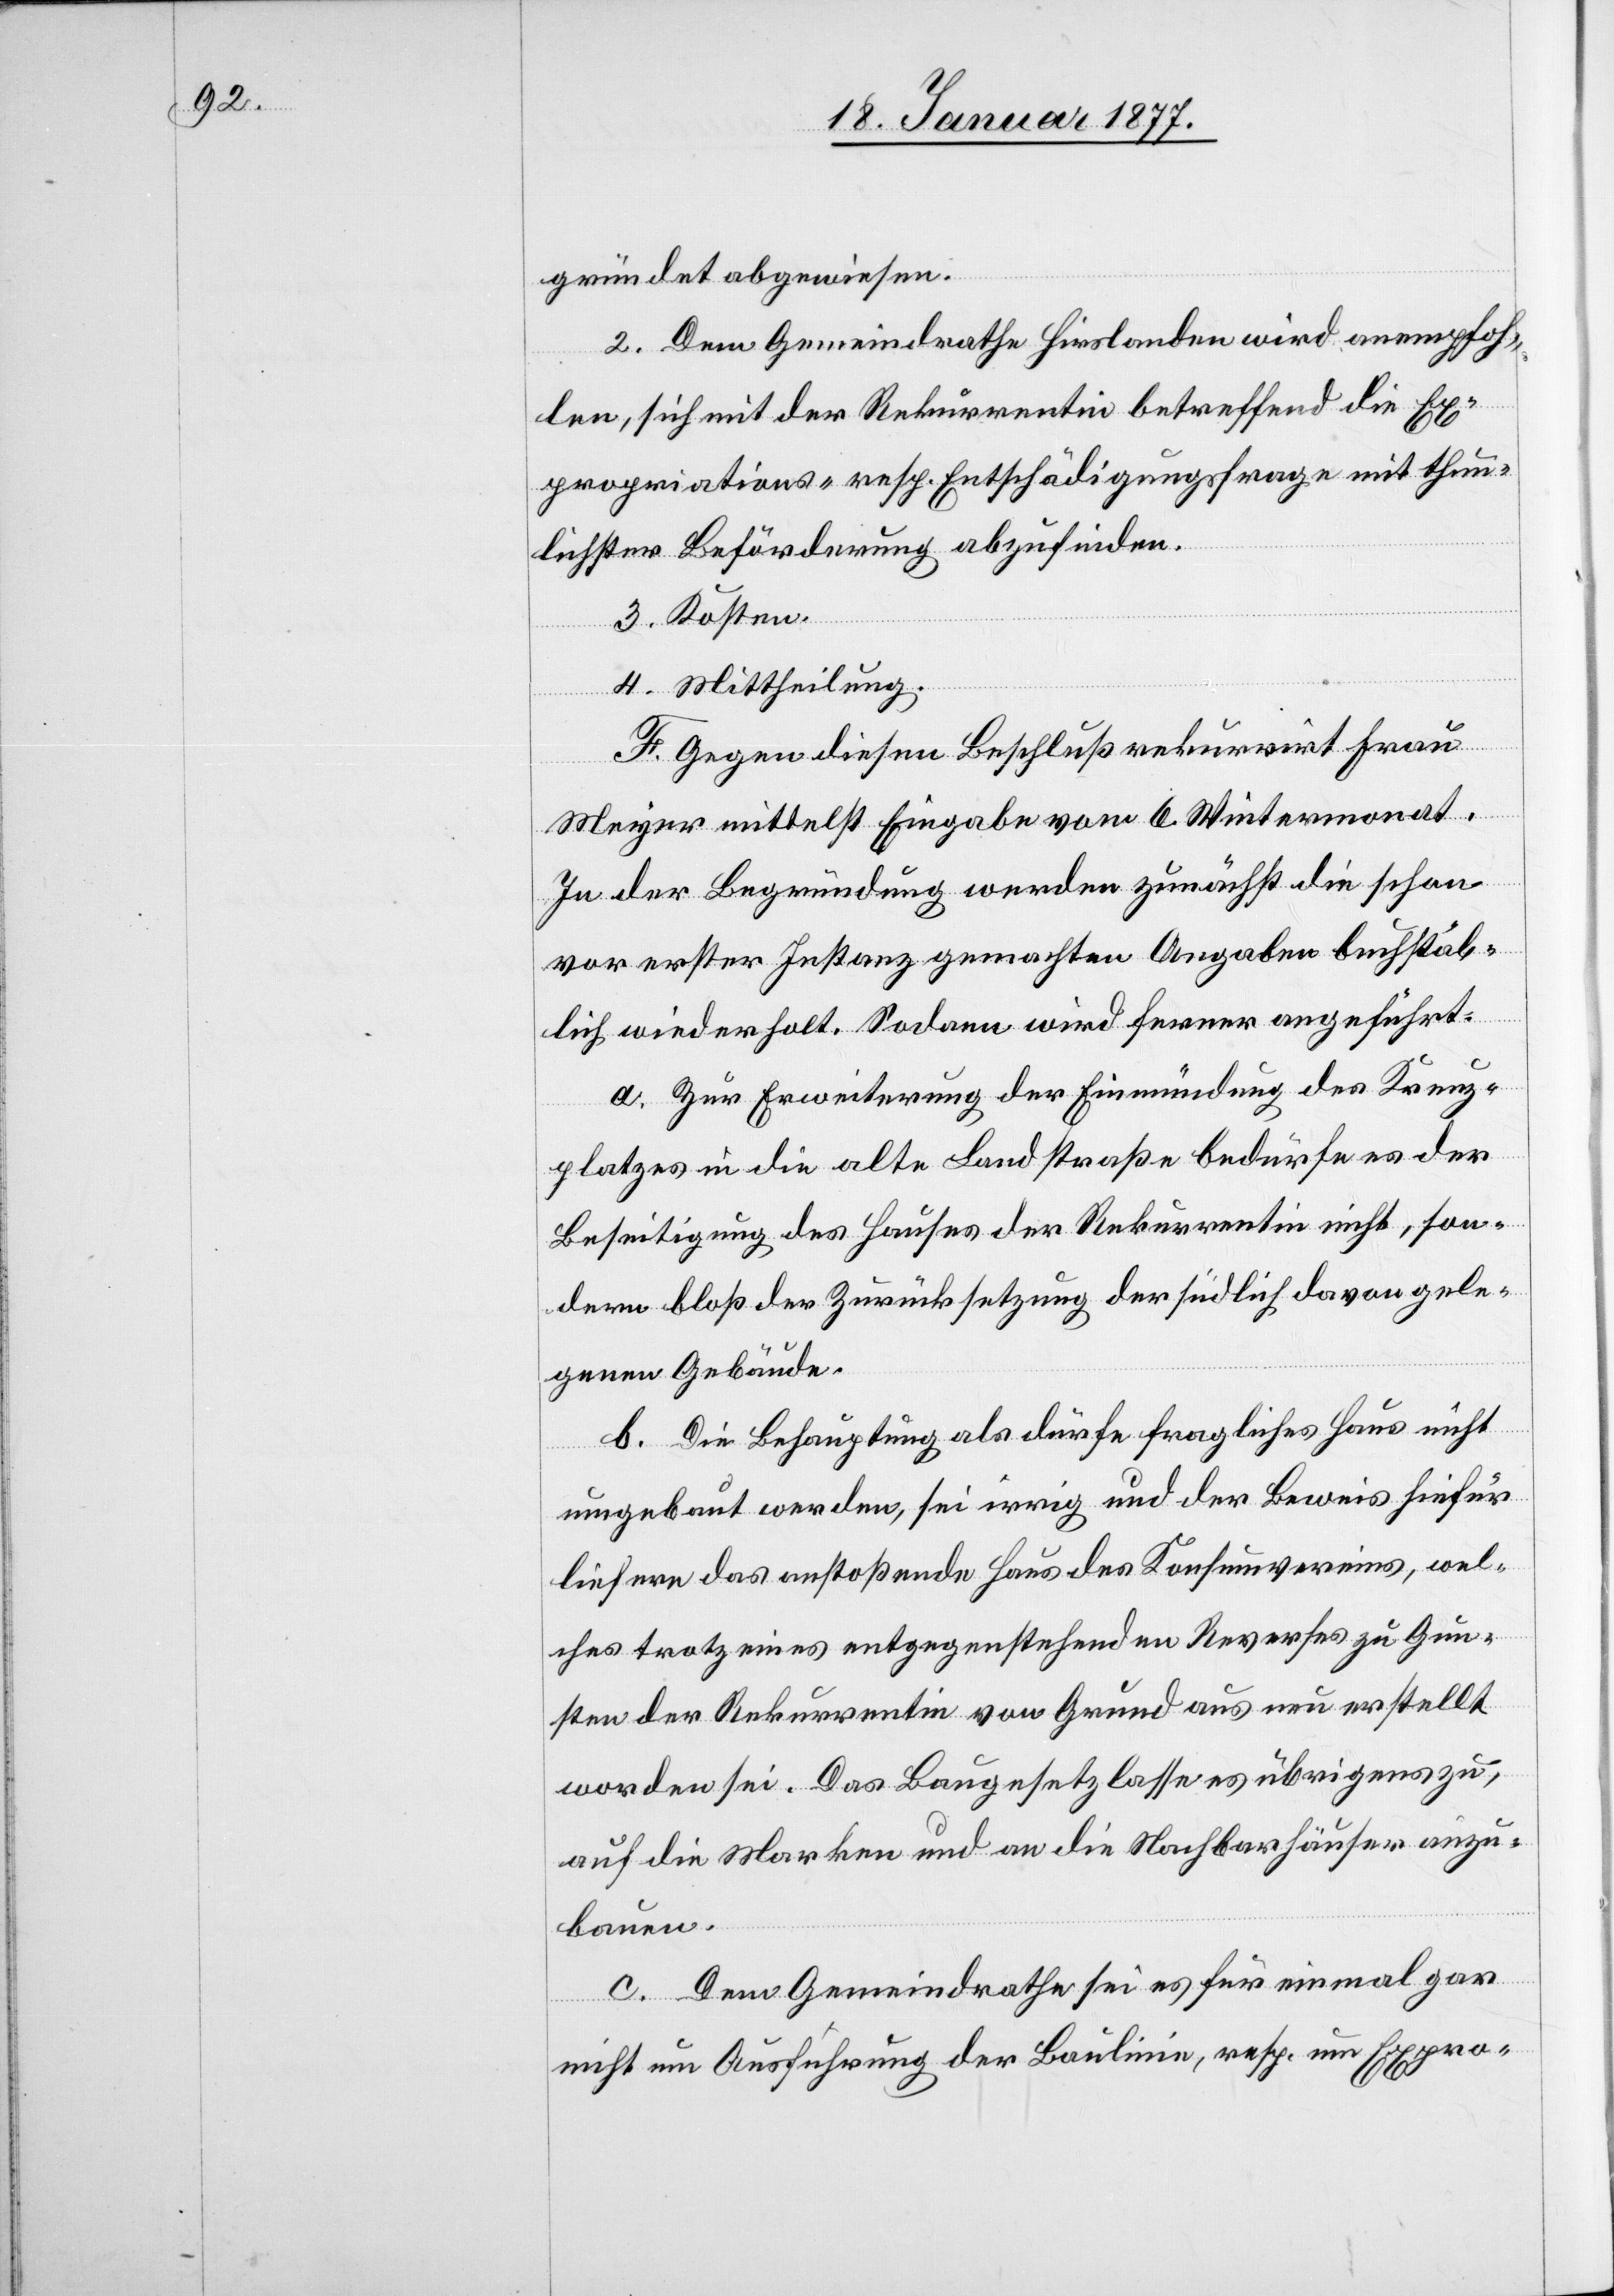
gründet abgewiesen.
2. Dem Gemeindrathe Hirslanden wird anempfoh¬
len, sich mit der Rekurrentin betreffend die Ex¬
propriations- resp. Entschädigungsfrage mit thun¬
lichster Beförderung abzufinden.
3. Kosten.
4. Mittheilung.
F. Gegen diesen Beschluß rekurrirt Frau
Meyer mittelst Eingabe vom 6. Wintermonat.
In der Begründung werden zunächst die schon
vor erster Instanz gemachten Angaben buchstäb¬
lich wiederholt. Sodann wird ferner angeführt:
a. Zur Erweiterung der Einmündung des Kreuz¬
platzes in die alte Landstraße bedürfe es der
Beseitigung des Hauses der Rekurrentin nicht, son¬
dern bloß der Zurücksetzung der südlich davon gele¬
genen Gebäude.
b. Die Behauptung als dürfe fragliches Haus nicht
umgebaut werden, sei irrig und der Beweis hiefür
liefere das anstoßende Haus des Konsumvereins, wel¬
ches trotz eines entgegenstehenden Reverses zu Gun¬
sten der Rekurrentin von Grund aus neu erstellt
worden sei. Das Baugesetz lasse es übrigens zu,
auf die Marken und an die Nachbarhäuser anzu¬
bauen.
c. Dem Gemeindrathe sei es für einmal gar
nicht um Ausführung der Baulinie, resp. um Expro-